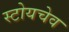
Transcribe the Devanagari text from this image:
स्टोयचेव